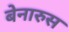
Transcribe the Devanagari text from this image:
बेनारुस